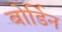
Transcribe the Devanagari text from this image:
बोर्डिन